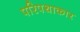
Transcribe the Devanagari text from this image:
परिपथाकार